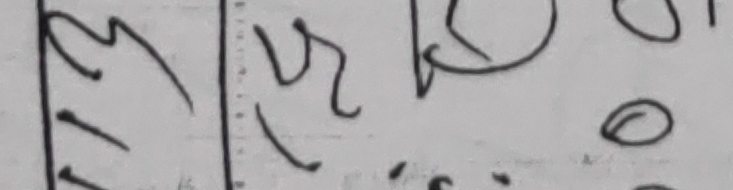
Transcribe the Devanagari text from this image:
१३ ५२ १० ओ